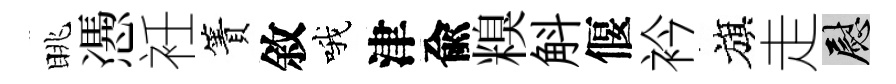
眺慿衽簀敘哦津兪糗斛偃衿旗走慰